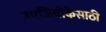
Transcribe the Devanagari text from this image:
उपजिवीकेसाठी